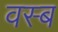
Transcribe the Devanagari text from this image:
वस्ब